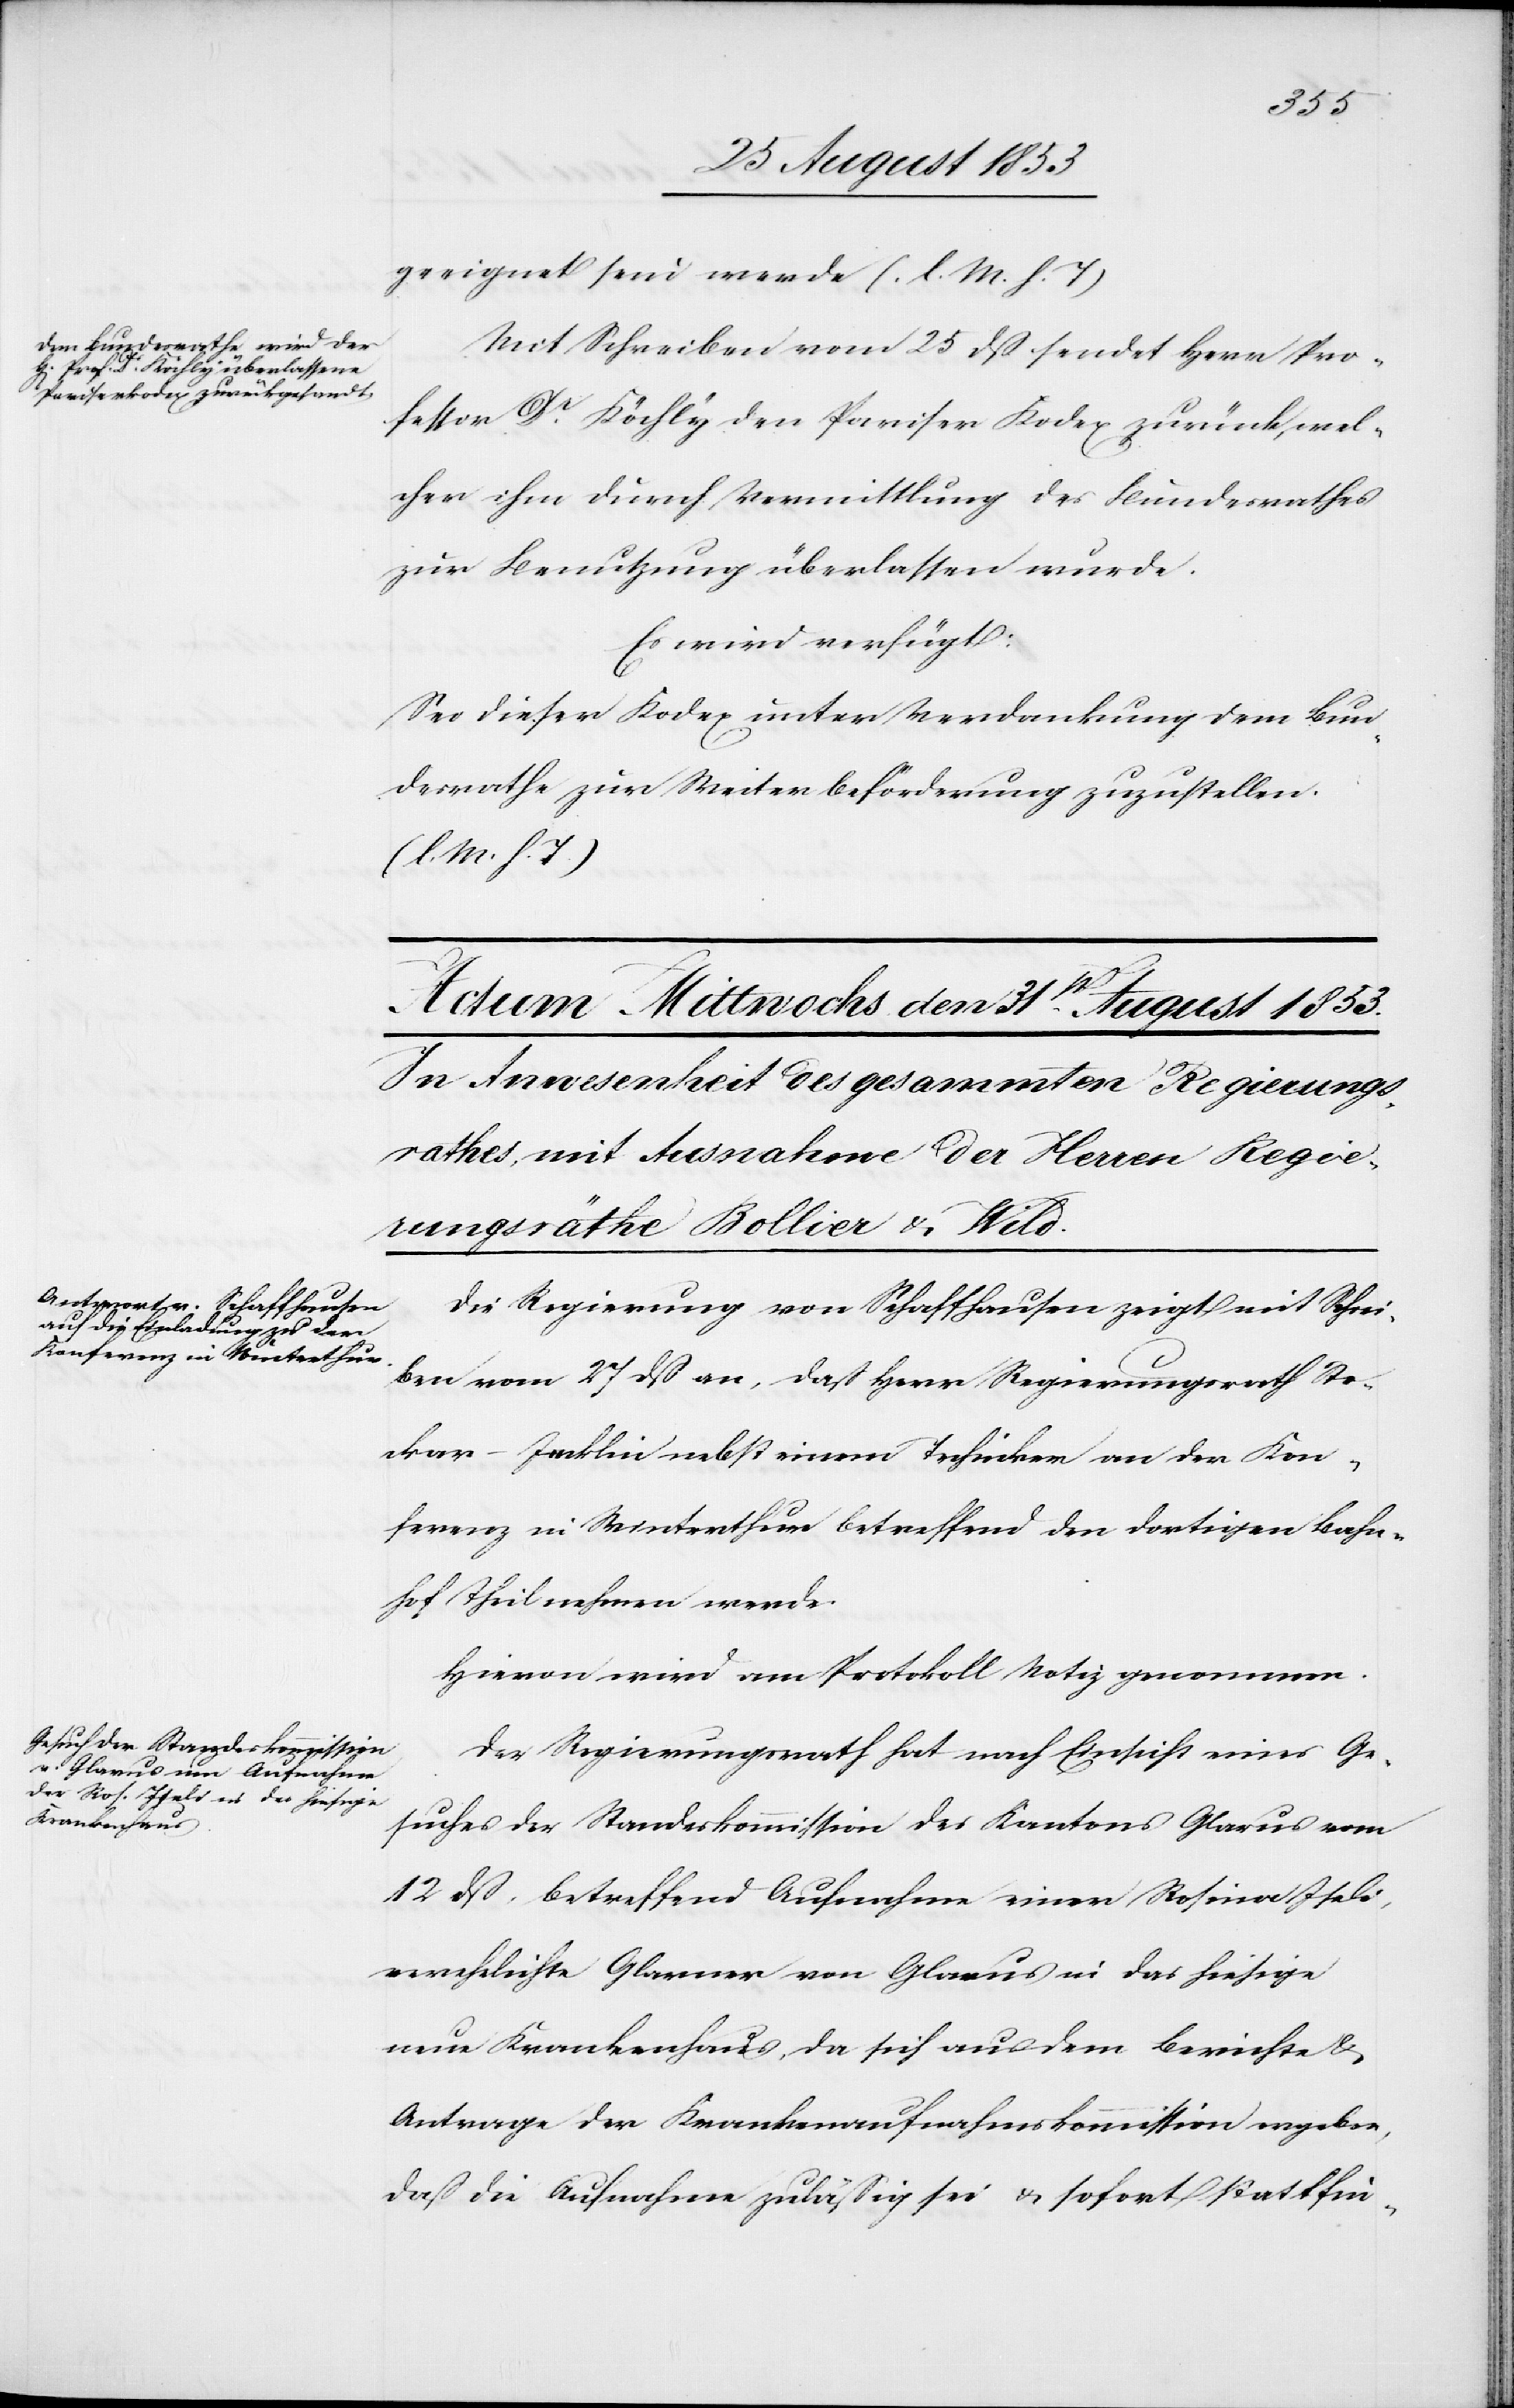
27 August 1853]
geeignet sein werde. [l. M. h. T]
Mit Schreiben vom 25 dß sendet Herr Pro¬
fessor Dr Köchly den Pariser Kodex zurück, wel¬
cher ihm durch Vermittlung des Bundesrathes
zur Benutzung überlassen wurde.
Es wird verfügt:
Sei dieser Kodex unter Verdankung dem Bun¬
desrathe zur Weiterbeförderung zuzustellen.
Die Regierung von Schaffhausen zeigt mit Schrei¬
ben vom 27 dß an, daß Herr Regierungsrath Sto¬
ckar-Jecklin nebst einem Techniker von der Kon¬
ferenz in Winterthur betreffend den dortigen Bahn¬
hof Theil nehmen werde.
Hievon wird am Protokoll Notiz genommen.
Der Regierungsrath hat nach Einsicht eines Ge¬
suches der Standeskommission des Kantons Glarus vom
12 dß, betreffend Aufnahme einer Rosina Iseli,
verehlichte Glarner von Glarus in das hiesige
neue Krankenhaus, da sich aus dem Berichte u.
Antrage der Krankenaufnahmskommission ergeben,
daß die Aufnahme zuläßig sei u. sofort stattfin-